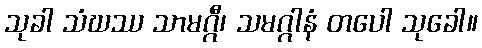
သုခါ သံဃဿ သာမဂ္ဂီ၊ သမဂ္ဂါနံ တပေါ သုခေါ။